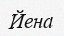
Йена